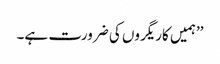
’’ہمیں کاریگروں کی ضرورت ہے۔